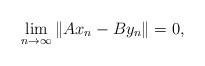
LaTeX: \begin{align*}\underset{n\to\infty}{\lim}\left\|Ax_{n}-By_{n}\right\|=0,\end{align*}